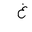
Letter: _gayn